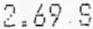
2.69 S